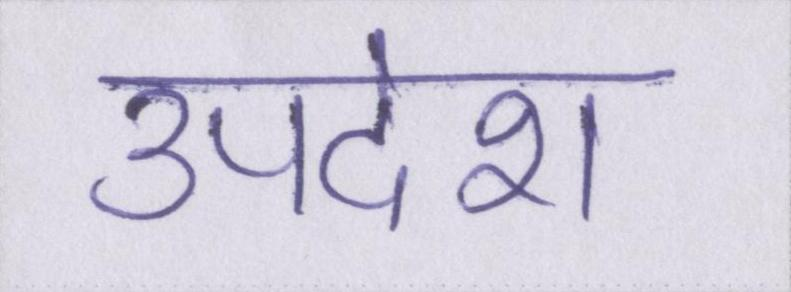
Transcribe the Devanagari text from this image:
उपदेश